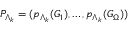
P _ { \Lambda _ { k } } = ( p _ { \Lambda _ { k } } ( G _ { 1 } ) , \dots , p _ { \Lambda _ { k } } ( G _ { \Omega } ) )